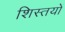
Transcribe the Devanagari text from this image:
शिस्तयों